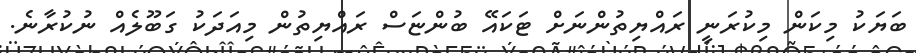
ބަޔަކު މިކަން މިކުރަނީ ރައްޔިތުންނަށް ޓަކައޭ ބުންޏަސް ރައްޔިތުން މިއަދަކު ގަބޫލެއް ނުކުރާނެ.